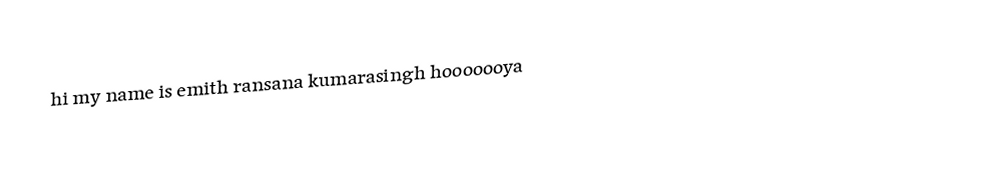
hi my name is emith ransana kumarasingh hooooooya